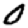
Digit: 0